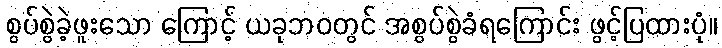
စွပ်စွဲခဲ့ဖူးသော ကြောင့် ယခုဘဝတွင် အစွပ်စွဲခံရကြောင်း ဖွင့်ပြထားပုံ။